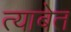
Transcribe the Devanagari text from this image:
त्याबेत